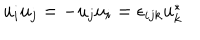
LaTeX: u _ { i } u _ { j } = - u _ { j } u _ { i } = \epsilon _ { i j k } u _ { k } ^ { * }